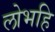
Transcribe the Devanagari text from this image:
लोभहि